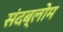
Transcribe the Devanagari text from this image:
संदब्लोम